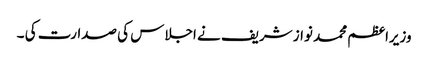
وزیراعظم محمد نواز شریف نے اجلاس کی صدارت کی ۔